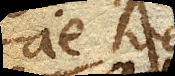
ae vel